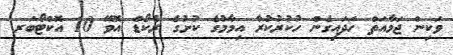
ވަކިން ޖަމާއަތް ހަދައިގެން ހުކުރުކުރާ އިމާމުގެ ކުށުގެ ރެކޯޑް އޮވޭ 10 އޮކްޓޯބަރ